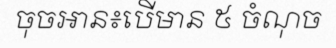
ចុចអាន៖បើមាន ៥ ចំណុច